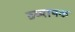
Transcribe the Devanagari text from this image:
व्य्यापक